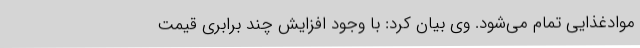
موادغذایی تمام می‌شود. وی بیان کرد: با وجود افزایش چند برابری قیمت